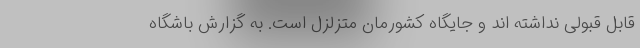
قابل قبولی نداشته اند و جایگاه کشورمان متزلزل است. به گزارش باشگاه